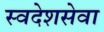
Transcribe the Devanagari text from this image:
स्वदेशसेवा